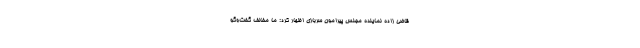
قاضی زاده نماینده مجلس پیرامون سربازی اظهار کرد: ما مخالف گفت‌وگو